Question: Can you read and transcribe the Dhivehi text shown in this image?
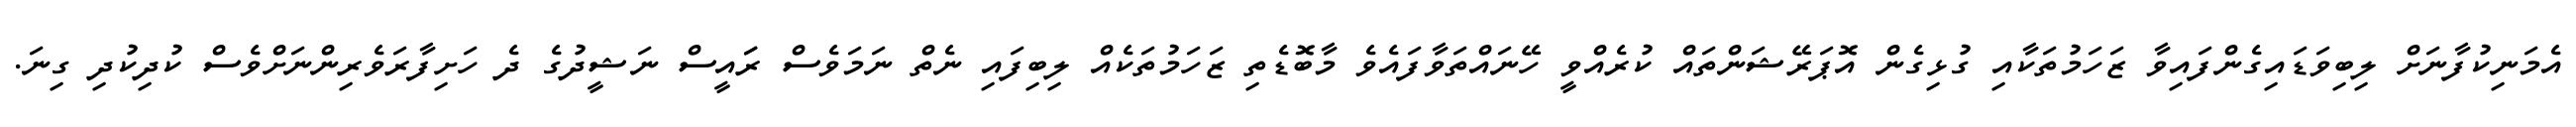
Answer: އެމަނިކުފާނަށް ލިބިވަޑައިގެންފައިވާ ޒަހަމުތަކާއި ގުޅިގެން އޮޕަރޭޝަންތައް ކުރެއްވީ ހޭނައްތަވާފައެވެ މާބޮޑެތި ޒަހަމުތަކެއް ލިބިފައި ނެތް ނަމަވެސް ރަައީސް ނަޝީދުގެ ދެ ހަށިފާރަވެރިންނަށްވެސް ކުދިކުދި ގިނަ.